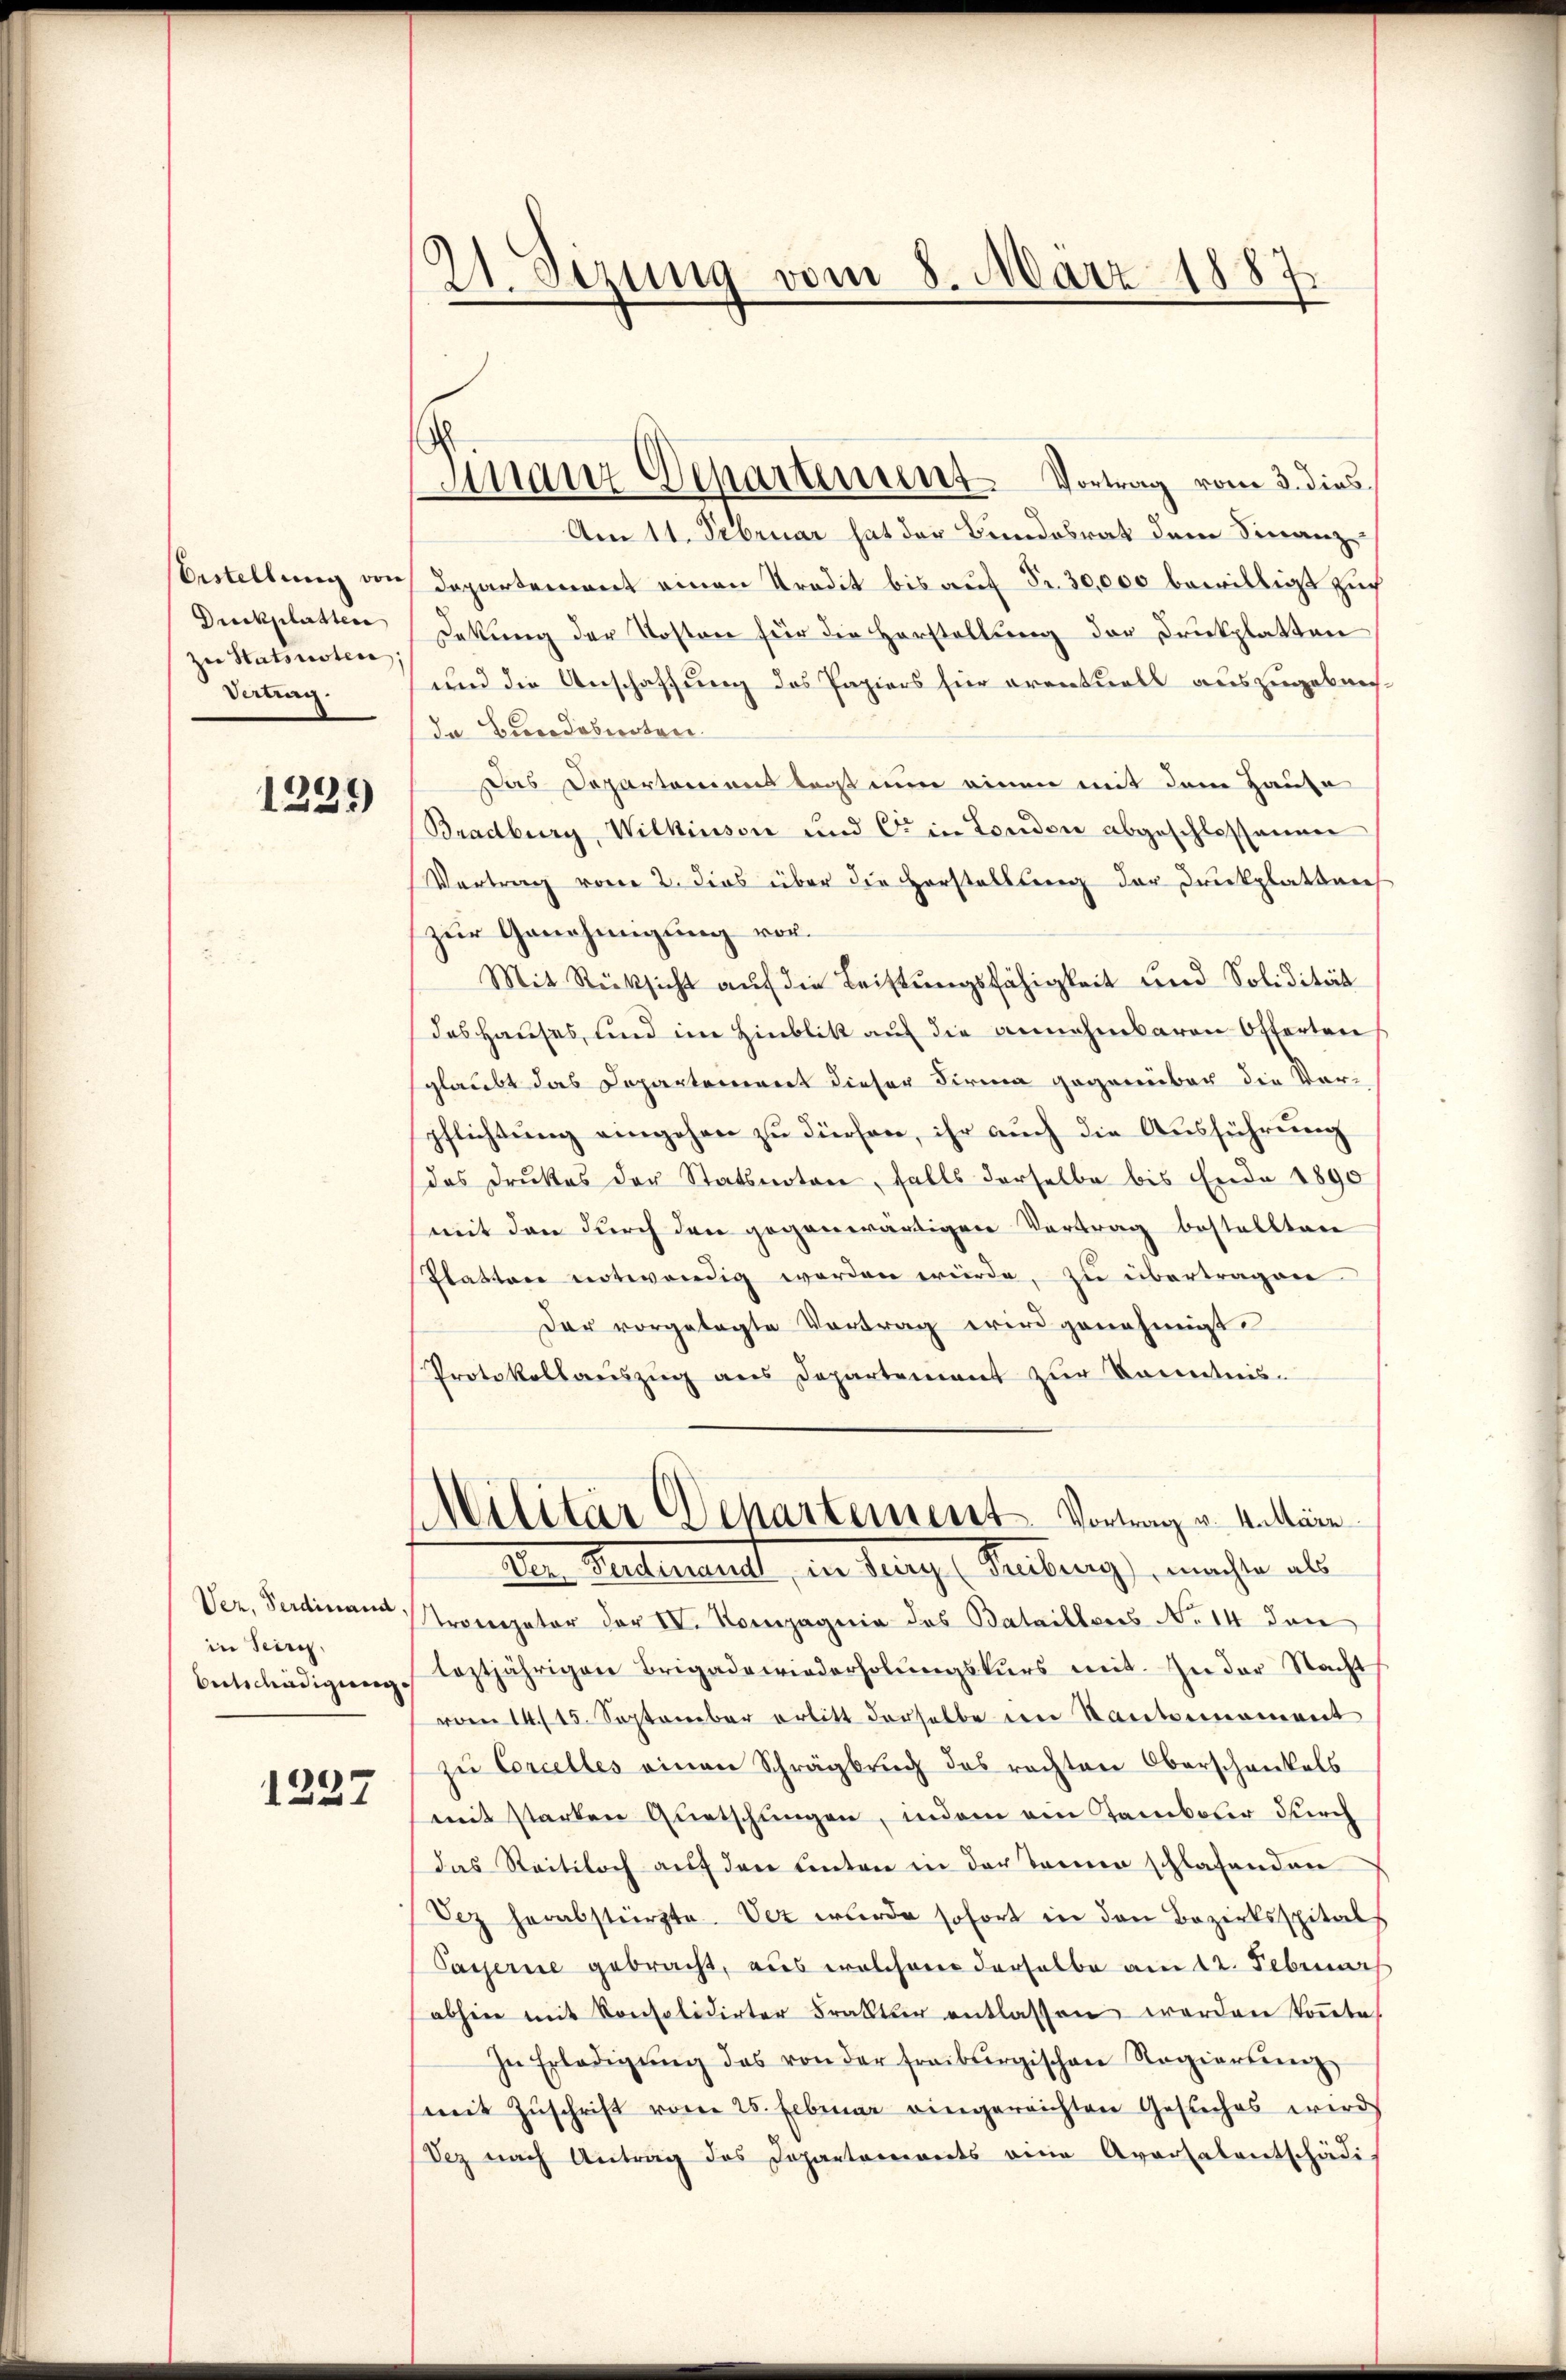
Erstellung von
Duckplatten
zu Statsusten;
Vertrag.

1231

Ver, Ferdinand
in Seinig
Bertschädigung.

1227

21. Sezung vom 8. März 1887.

Finanz Departement. Vortrag vom 3. dies

Am 11. Februar hat der Bundesrat dem Finanz-
Departement einen Predit bis auf Fr. 30,000 bewilligt Zuch
Dekung der Kosten für die Horstellung der Druckplatten
und die Anschaffung des Papiers für eventuell auszugebensda Brodobierten.
Das Departemens bei nun einen mit dem Hause
Bradburg, Wilkinson und C. in London abgeschlossenen
Vertrag vom 2. Dies über die Horstellung der Druckplatten
zur Genehmigung vor.
Mit Rücksicht auf die Leistungsfähigkeit und Solidität
das Hauses, und im Hinblik auf die annehmbaren Offerten
glaubt das Departement dieser Firma gegenüber die Vorpflichtung eingehen zu dürfen, ihr auch die Ausführung
das Drukes der Statsnoton, falls derselbe bis Ende 1890
mit den durch den gegenwärtigen Vertrag bestellten
Platten notwendig worden würde, zu übertragen
Der vorgetagte Vortrag wird genehmigt.
Protokollauszug aus Departement zur Kenntnis-
Militär Departement Vortrag u. kalläre
Den Handerart, in ding Raubung, machte als
Trompeter der IV. Kompagnia des Bataillons No 14 den
leztjährigen Brigadewiederholungskurs mit. In der Nacht
vom 14. 15. September erlitt derselbe im Sautonoment
zŭ Concelles einen Schrägbrŭch das rechten Oberschenkels
mit starken Quetschungen, indem am Tamboler durch
das Reitloch auf den unten in der Terner schlafenden
Sez herabstürzte. Dez wurde sofort in den Bezirksspital
Payerne gebracht, aus welchem derselbe am 12. Februar
abhin mit Konsolidirter Frakter entlassen werden köṅte
In Erledigŭng das von der Freiburgischen Regierterenz
mit Zŭschrift vom 25. Februar eingereichten Gesuches wird
Dez nach Antrag des Departements eine Aversalentschädi